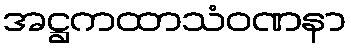
အဋ္ဌကထာသံဝဏနာ